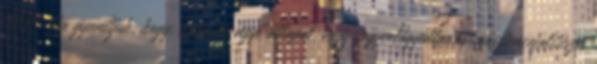
1906-óta gyanítjuk, hogy. anoxiás agyi állapot, vagy. agyvelőgyulladás posztencefalitiszes